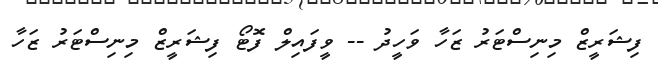
ފިޝަރީޒް މިނިސްޓަރު ޒަހާ ވަހީދު -- ވީފައިލް ފޮޓޯ ފިޝަރީޒް މިނިސްޓަރު ޒަހާ